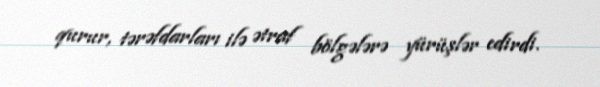
qurur, tərəfdarları ilə ətraf bölgələrə yürüşlər edirdi.